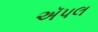
ઍપલ